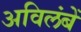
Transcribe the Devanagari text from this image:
अविलंबें